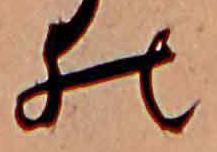
の